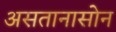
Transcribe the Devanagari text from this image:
असतानासोन